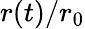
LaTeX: r(t)/r_{0}